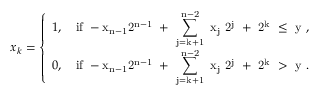
x _ { k } = \left\{ \begin{array} { l l } { 1 , \quad \mathrm { i f ~ - x _ { n - 1 } 2 ^ { n - 1 } ~ + ~ \displaystyle \sum _ { j = k + 1 } ^ { n - 2 } ~ x _ j ~ 2 ^ j ~ + ~ 2 ^ k ~ \leq ~ y ~ } , } \\ { 0 , \quad \mathrm { i f ~ - x _ { n - 1 } 2 ^ { n - 1 } ~ + ~ \displaystyle \sum _ { j = k + 1 } ^ { n - 2 } ~ x _ j ~ 2 ^ j ~ + ~ 2 ^ k ~ > ~ y ~ } . } \end{array} \right.